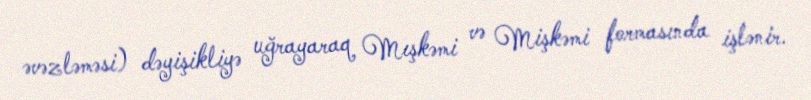
əvəzləməsi) dəyişikliyə uğrayaraq Mışkəmi və Mişkəmi formasında işlənir.